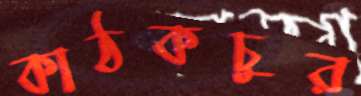
কাঠকচুর